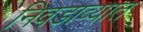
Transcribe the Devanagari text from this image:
निवडाव्यात